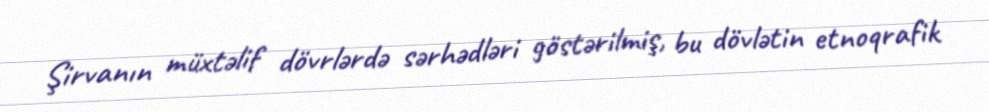
Şirvanın müxtəlif dövrlərdə sərhədləri göstərilmiş, bu dövlətin etnoqrafik